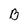
Character: B